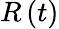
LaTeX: R\left(t\right)